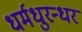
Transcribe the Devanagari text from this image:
धर्मधुरन्धर